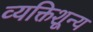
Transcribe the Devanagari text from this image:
व्यक्तिशून्य